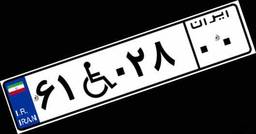
۶۱W۰۲۸۰۰